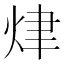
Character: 𤈠